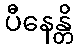
ပီနေန္တိ